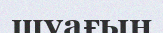
шуағын